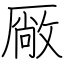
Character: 厰